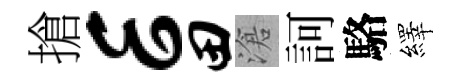
搶E田滄訶駱繹